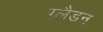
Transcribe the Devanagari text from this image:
ग्लैडन